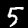
Label: 5